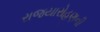
રાજયારોહણની